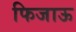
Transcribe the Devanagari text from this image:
फिजाऊ